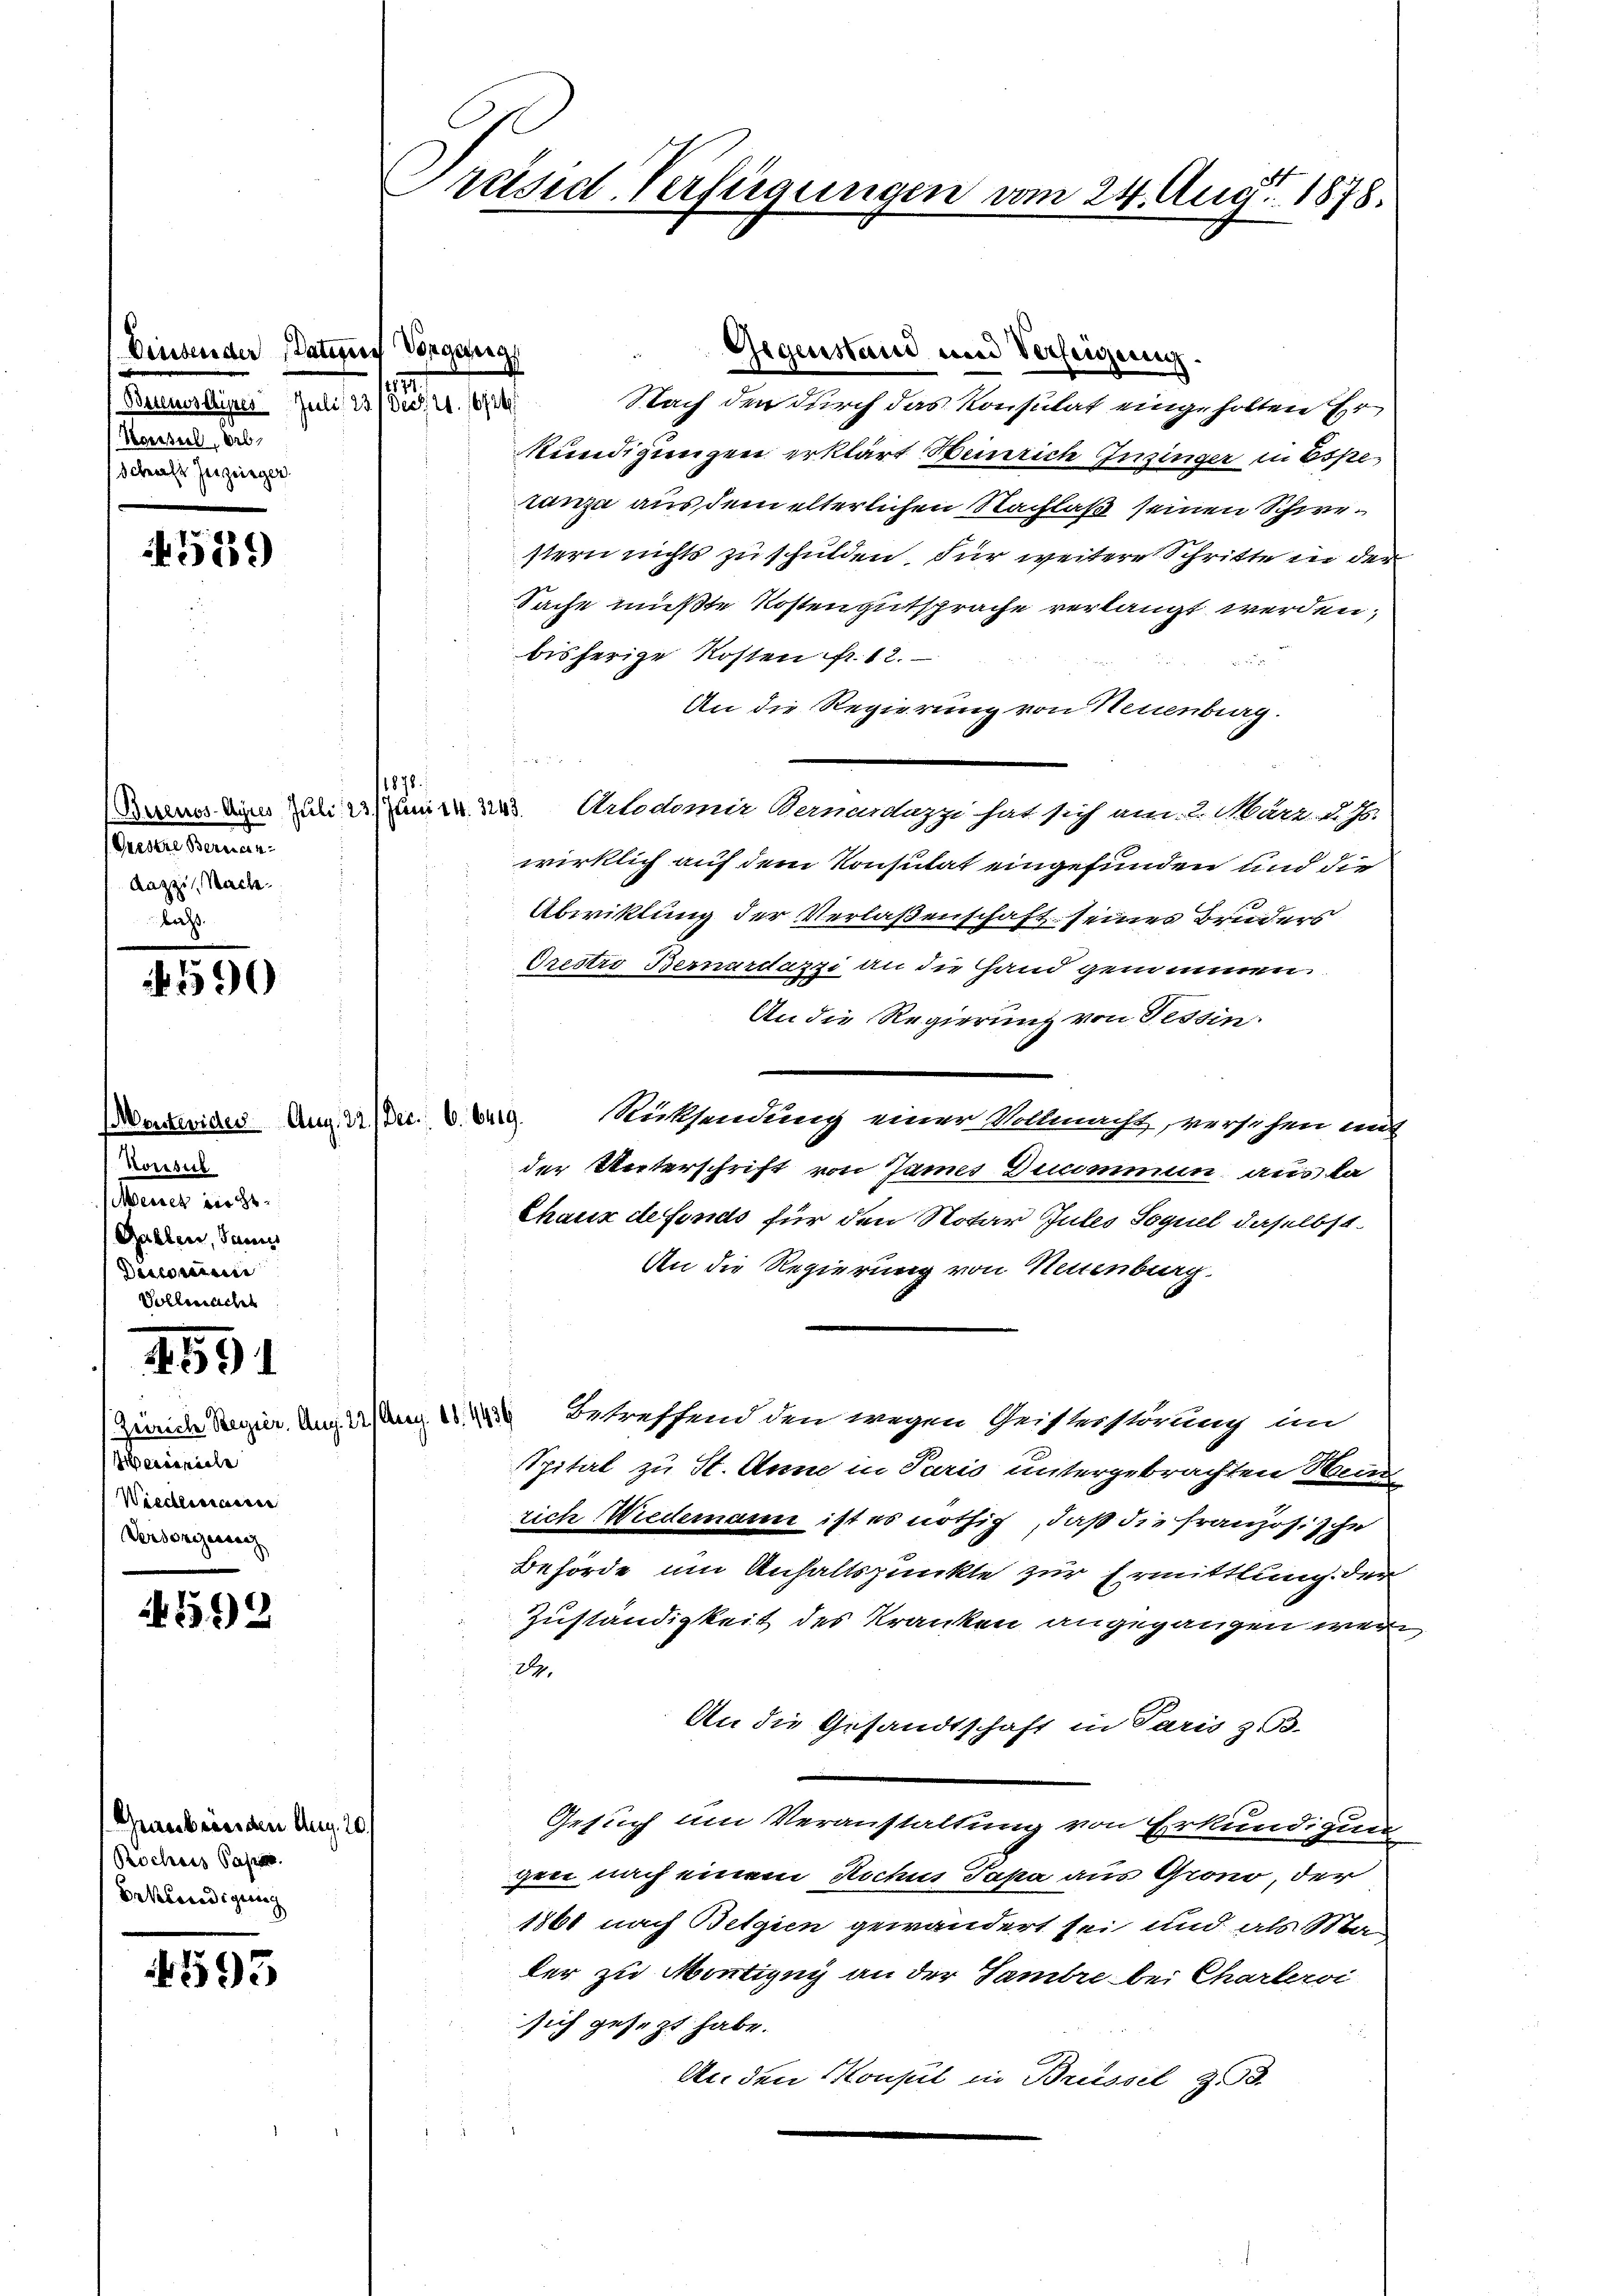
binsender Paten Vorgang
(Bernoscipes Juli 23./ Dec. 21. 16726
Worteil, erb
Schaft Herzeiger

4529)

(Bercnos-Ayres Juli, 23. Juni 14. 1243.
Gresere Bernan
Kazzi, Sache.
bris

590

(Montevides Aug. 22./ Dec. 6. 6419.
Korisul
Messer der
Gallen, Sani
Dicommi
Solleracht

591

Hereinich
Wiedermassen
Versorgung

592

Graubünden Aug. 20.
Rochses Papa
Erkundigung

4593

.

Präsid. Verfügungen vom 24. Aug. 1878.

Gegenstand und Verfeigung.
Nach den durch das Konsulat eingeholten Er
Kündigungen erklärt Heinrich Insinger in Espetanza aus dem elterlichen Nachlaß seinen Schwestern nichts zu schulden, für weitere Schritte in der
Sache mußte Kostengutsprache verlangt werden;
bisherige Kosten fr. 12.

An die Regierung von Neuenburg.
u
Artodomir Bernardazzi hat sich am 2. März d. Js.
wirklich auf dem Konsulat eingefunden und die
Abwicklung der Verlaßenschaft seines Bruders
Orestro Bernardazzi an die Hand genommen.
An die Regierung von Tessin.
Rücksendung einer Vollmacht, versehen mit
der Unterschrift von James Decommun aus ka
Chaux defonds für den Notar Gutes Sequel daselbst.
An die Regierung von Neuenburg.
Zürich Senio Angesange Betreffend den wegen Geisterstörung an
Spital zu St. Anne in Paris untergebrachten Wein
rich Wiedemann ist es nöthig, daß die Französische
Behörde um Anhaltspunkte zur Ermittlung der
Zuständigkeit des Kranken angegangen werde.
An die Gesandtschaft in Paris z. B.
Gesuch am Veranstaltung von Erkundigun
gen nach einem Rochus Papa aus Giono, der
1860 nach Beizien gewandert sei und als Mader zu Montigny an der Tambre bei Charlervi
sich gesezt habe.
An. den Konsul in Brüssel z

1878.